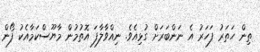
ތިން ހަތަރު ފަހަރު އެ ނަންބަރަށް ގުޅިއެވެ. ނިއްވާލާފަ އޮތުމުން މާޔޫސްކަމާއެކު ފޯން